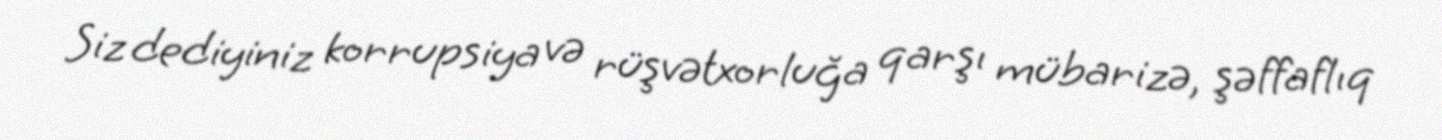
Siz dediyiniz korrupsiya və rüşvətxorluğa qarşı mübarizə, şəffaflıq